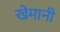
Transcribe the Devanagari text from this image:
खेमानी